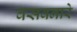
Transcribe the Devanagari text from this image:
वसवनारे